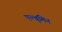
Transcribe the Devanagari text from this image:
एल्बूमिन